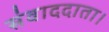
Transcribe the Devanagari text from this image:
संवाददाता।